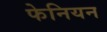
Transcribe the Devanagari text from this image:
फेनियन